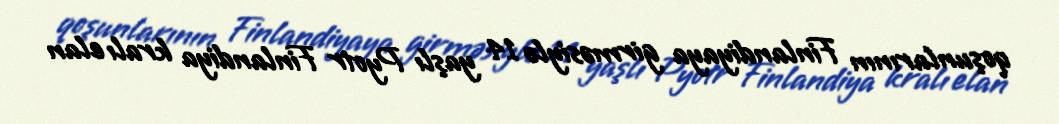
qoşunlarının Finlandiyaya girməsiylə 14 yaşlı Pyotr Finlandiya kralı elan